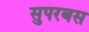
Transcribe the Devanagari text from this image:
सुपरबस